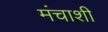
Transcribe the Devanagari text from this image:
मंचाशी